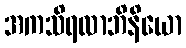
အကသိရလာဘိနိယော